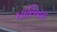
ઘાસિયા